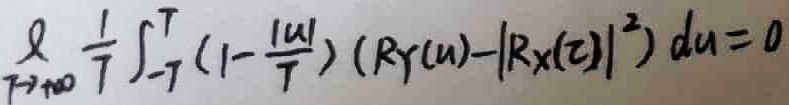
$\underset{T\rightarrow+\infty}{\ell}\frac{1}{T}\int_{-T}^{T}(1 - \frac{|u|}{T})(R_Y(u)-|R_X(\tau)|^2)du = 0$